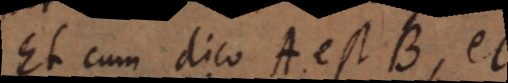
Et cum dico A est B, et